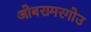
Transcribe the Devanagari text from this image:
ओबरामरगोउ